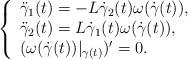
LaTeX: \begin{align*}\left \{\begin{array}{l} \ddot{\gamma}_{1}(t)=- L \dot{\gamma}_{2}(t) \omega(\dot{\gamma}(t)) , \\\ddot{\gamma}_{2}(t)= L \dot{\gamma}_{1}(t) \omega(\dot{\gamma}(t)),\\(\omega(\dot{\gamma}(t))|_{\gamma(t)})'=0.\end{array}\right.\end{align*}